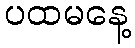
ပထမနေ့